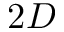
2 D